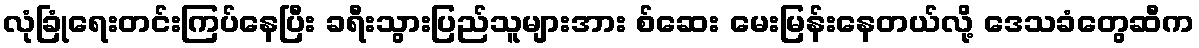
လုံခြုံရေးတင်းကြပ်နေပြီး ခရီးသွားပြည်သူများအား စ်ဆေး မေးမြန်းနေတယ်လို့ ဒေသခံတွေဆီက